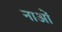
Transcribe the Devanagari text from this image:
नाओं